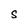
Character: S